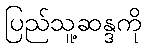
ပြည်သူ့ဆန္ဒကို